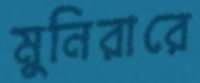
মুনিরারে